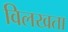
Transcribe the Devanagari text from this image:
विलखता